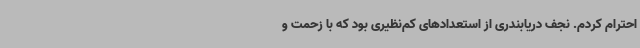
احترام کردم. نجف دریابندری از استعدادهای کم‌نظیری بود که با زحمت و